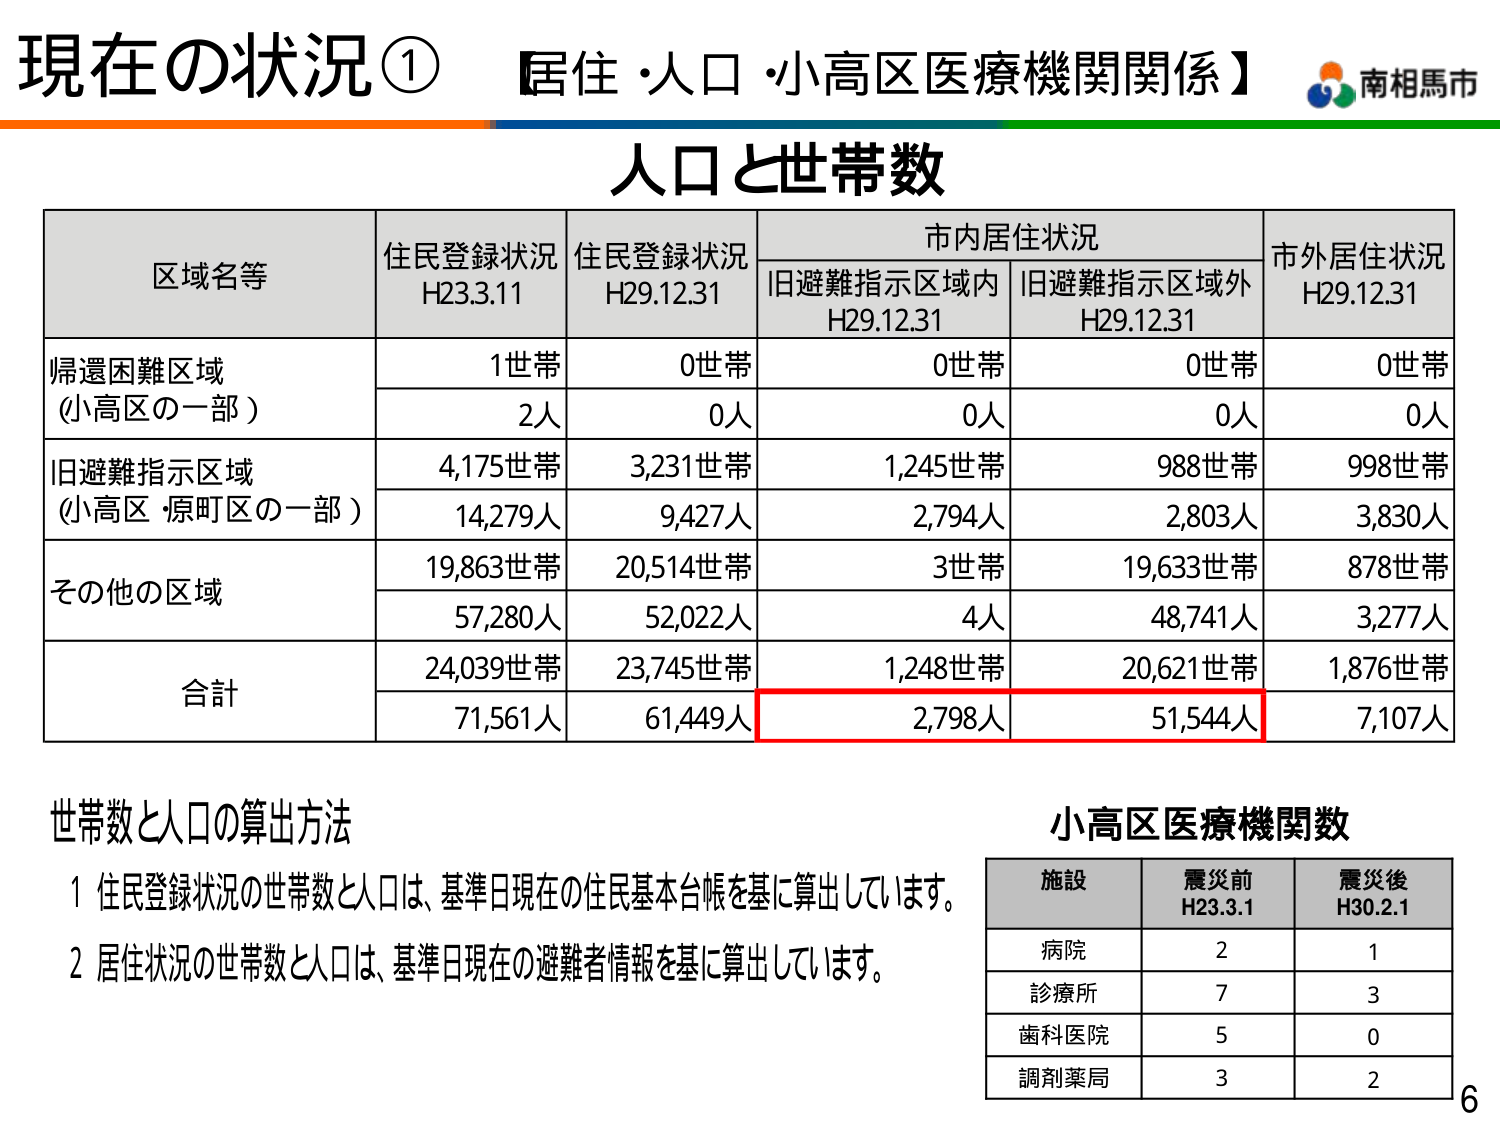
現在の状況① 【居住・人口・小高区医療機関関係】 南相馬市

人口と世帯数

区域名等 住民登録状況 H23.3.11 住民登録状況 H29.12.31 市内居住状況 市外居住状況 H29.12.31